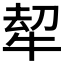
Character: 𭷠